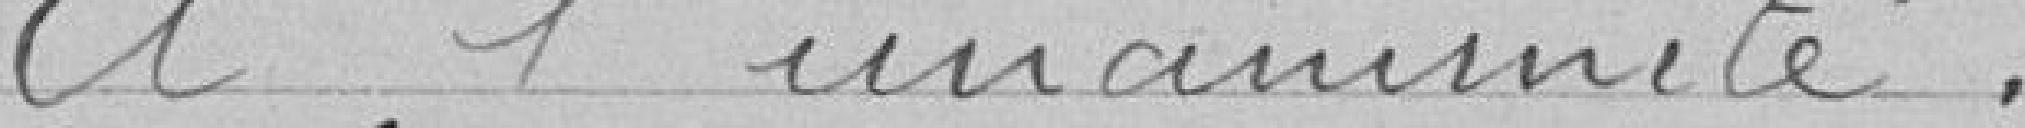
A l'unanimité